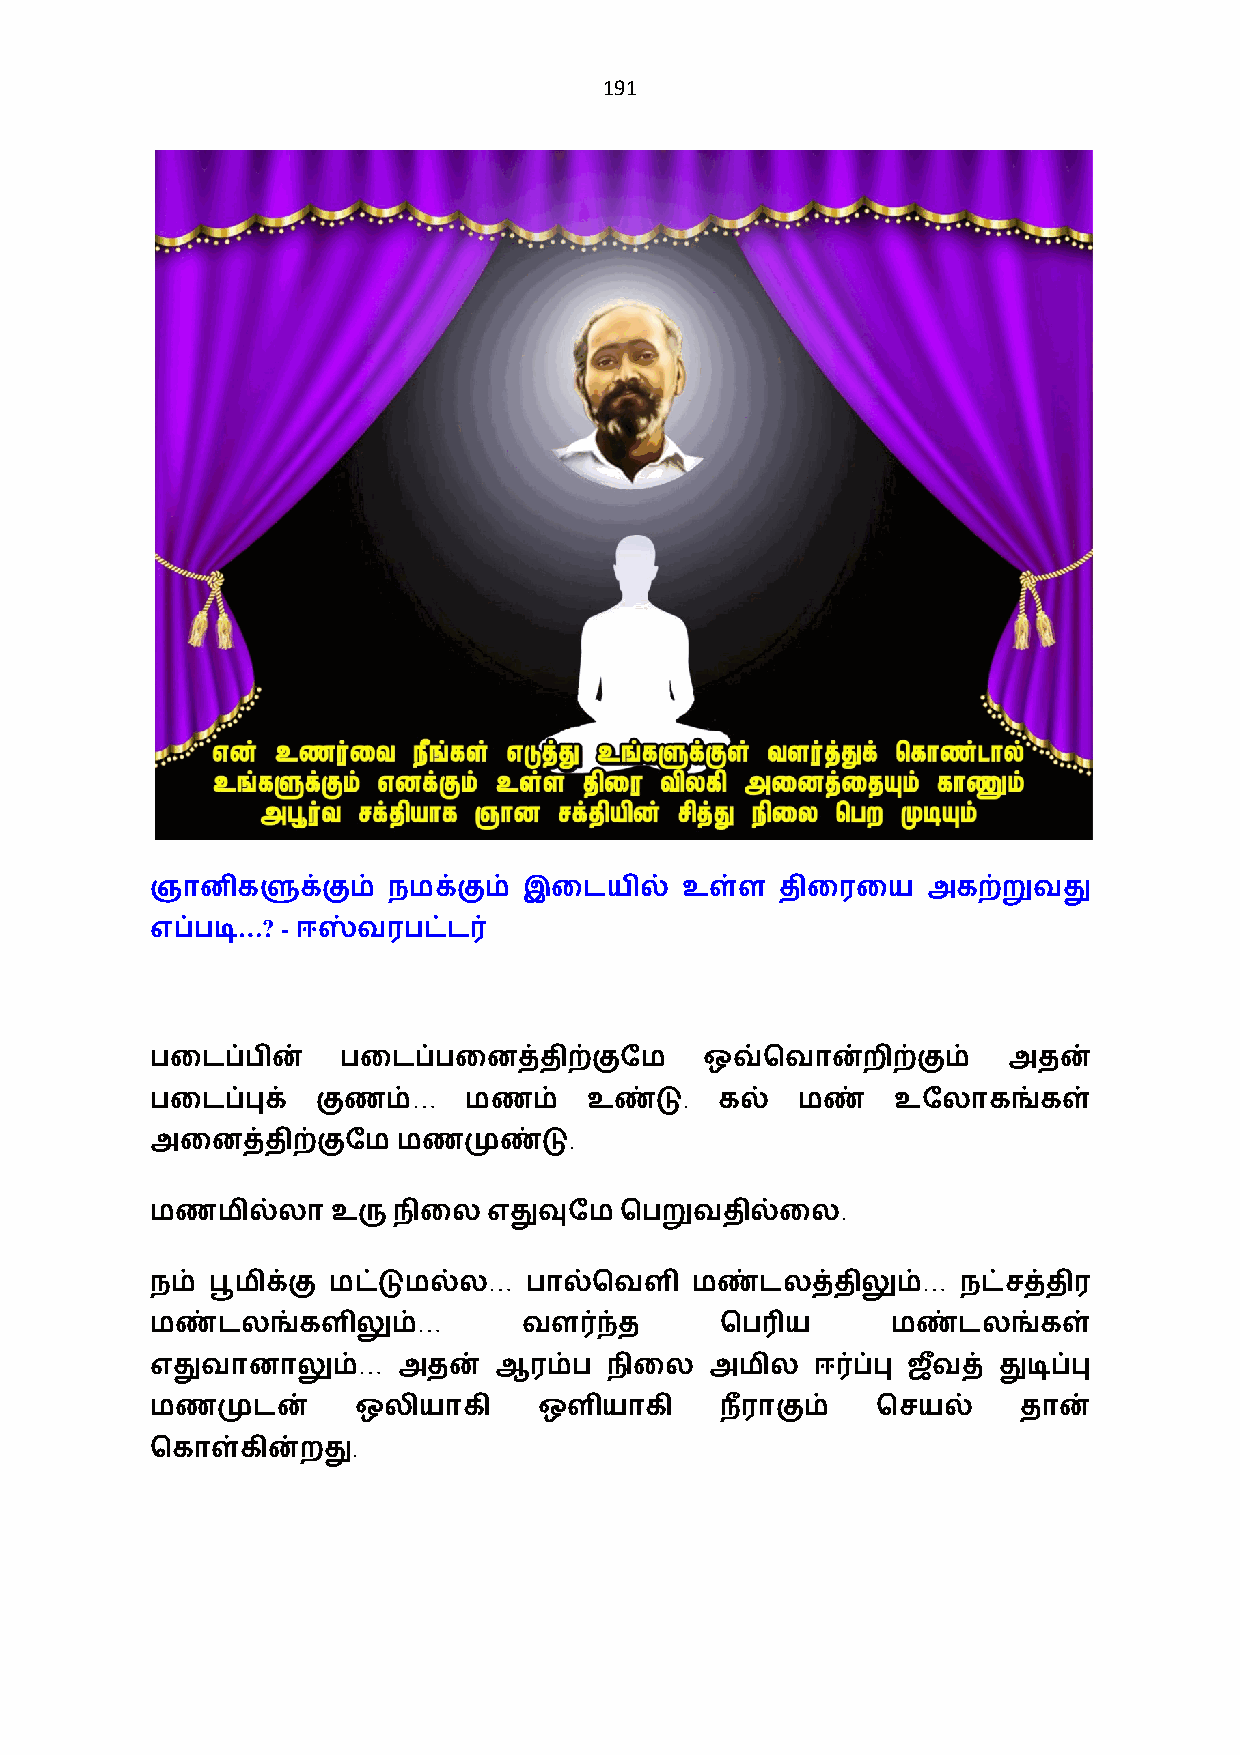
191
 ஞானிகளுக்கும்   நமக்கும் இைடயில்   உள்ள   திைரைய   அகற்றுவது
 …? -
 எப்படி    ஈஸ்வரபட்ட0
 பைடப்பின்    பைடப்பைனத்திற்குேம      ஒவ்ெவான்றிற்கும்    அதன்
 …                 .
 பைடப்புக்  குணம்     மணம்    உண்டு    கல்  மண்   உேலாகங்கள்
 .
 அைனத்திற்குேமமணமுண்டு
 .
 மணமில்லாஉருநிைல       எதுவுேம  ெபறுவதில்ைல
 …                            …
 நம் பூமிக்கு மட்டுமல்ல   பால்ெவளி   மண்டலத்திலும்     நட்சத்திர
 …
 மண்டலங்களிலும்           வள0ந்த       ெப3ய       மண்டலங்கள்
 …
 எதுவானாலும்     அதன்   ஆரம்ப  நிைல   அமில   ஈ0ப்பு ஜவ+ த் துடிப்பு
 மணமுடன்      ஒலியாகி      ஒளியாகி     ந+ராகும்  ெசயல்     தான்
 .
 ெகாள்கின்றது